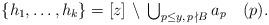
LaTeX: \begin{align*} \textstyle \{h_1,\ldots,h_k\} = [z] \, \setminus \, \bigcup_{p \le y, \, p \, \nmid B} a_p \pod{p}. \end{align*}